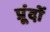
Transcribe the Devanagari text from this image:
प्रूंदों